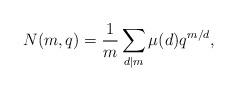
LaTeX: \begin{align*}N(m,q) = \frac{1}{m} \sum_{d\mid m} \mu (d) q^{m/d},\end{align*}